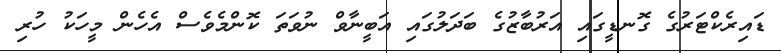
ޑައިރެކްޓަރުގެ ގޮނޑީގައި އަރުބާޒުގެ ބަދަލުގައި އަބީނާވް ނުވަތަ ކޮންމެވެސް އެހެން މީހަކު ހުރި